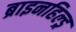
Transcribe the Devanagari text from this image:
ब्राइनहिल्ड्र